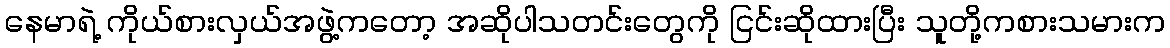
နေမာရဲ့ ကိုယ်စားလှယ်အဖွဲ့ကတော့ အဆိုပါသတင်းတွေကို ငြင်းဆိုထားပြီး သူတို့ကစားသမားက